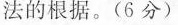
法的根据。(6分)